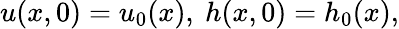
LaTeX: u(x,0)=u_{0}(x),\ h(x,0)=h_{0}(x),